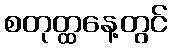
စတုတ္ထနေ့တွင်